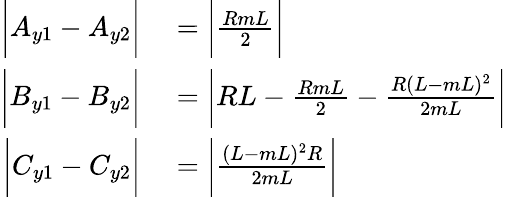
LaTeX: \begin{array}{rl}{\bigg|A_{y1}-A_{y2}\bigg|}&{{}=\bigg|\frac{RmL}{2}\bigg|}\\ {\bigg|B_{y1}-B_{y2}\bigg|}&{{}=\bigg|RL-\frac{RmL}{2}-\frac{R(L-mL)^{2}}{2mL}\bigg|}\\ {\bigg|C_{y1}-C_{y2}\bigg|}&{{}=\bigg|\frac{(L-mL)^{2}R}{2mL}\bigg|}\end{array}